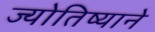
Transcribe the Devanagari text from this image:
ज्योतिष्याने